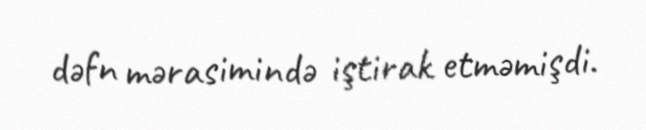
dəfn mərasimində iştirak etməmişdi.